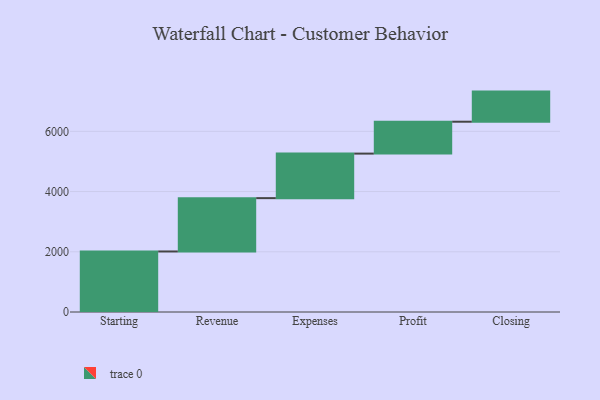
{"axis": {"x": "Step", "y": "Value"}, "legend": [""], "data": [{"x": "Starting", "y": 2010.0, "type": ""}, {"x": "Revenue", "y": 1771.0, "type": ""}, {"x": "Expenses", "y": 1479.0, "type": ""}, {"x": "Profit", "y": 1059.0, "type": ""}, {"x": "Closing", "y": 1000, "type": ""}]}